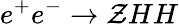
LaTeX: e^{+}e^{-}\rightarrow\mathcal{Z}HH